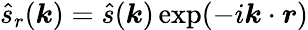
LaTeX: \hat{s}_{r}(\boldsymbol k)=\hat{s}(\boldsymbol k)\exp(-i\boldsymbol k\cdot\boldsymbol r)